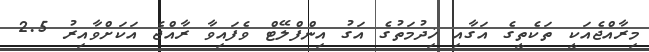
މިރާއްޖެއަކީ ތަކެތީގެ އަގާއި ޚިދުމަތުގެ އަގު އިންފްލޭޓް ވެފައިވާ ރާއްޖެ އަކަށްވާއިރު 2.5